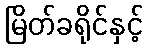
မြိတ်ခရိုင်နှင့်